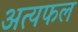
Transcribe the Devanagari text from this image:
अत्यफल